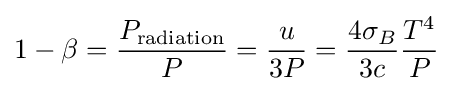
1-\beta ={\frac {P_{\text{radiation}}}{P}}={\frac {u}{3P}}={\frac {4\sigma _{B}}{3c}}{\frac {T^{4}}{P}}